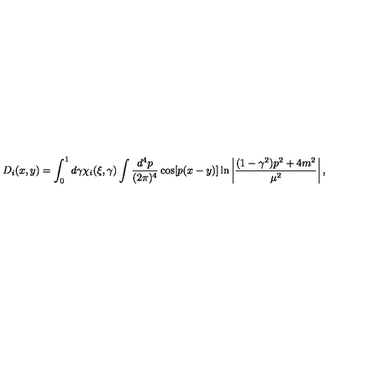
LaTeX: D _ { i } ( x , y ) = \int _ { 0 } ^ { 1 } d \gamma \chi _ { i } ( \xi , \gamma ) \int { \frac { d ^ { 4 } p } { ( 2 \pi ) ^ { 4 } } } \cos [ p ( x - y ) ] \ln \left| { \frac { ( 1 - \gamma ^ { 2 } ) p ^ { 2 } + 4 m ^ { 2 } } { \mu ^ { 2 } } } \right| ,